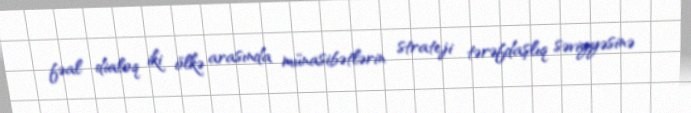
fəal dialoq iki ölkə arasında münasibətlərin strateji tərəfdaşlıq səviyyəsinə